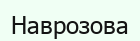
Наврозова